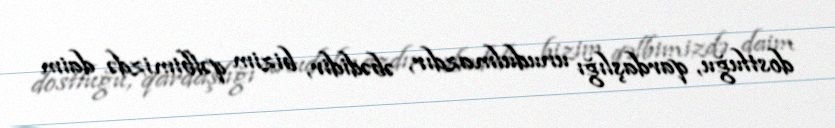
dostluğu, qardaşlığı unudulmazdır, əbədidir, bizim qəlbimizdə daim